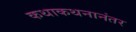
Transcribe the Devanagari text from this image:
कथाकथनानंतर